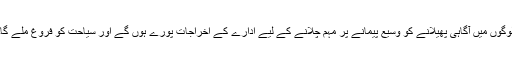
لوگوں میں آگاہی پھیلانے کو وسیع پیمانے پر مہم چلانے کے لیے ادارے کے اخراجات پورے ہوں گے اور سیاحت کو فروغ ملے گا۔